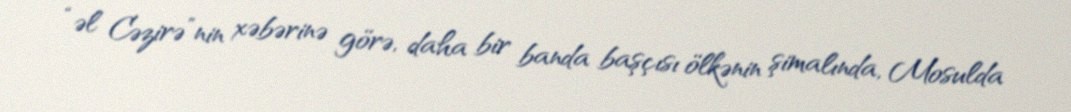
“əl Cəzirə”nin xəbərinə görə, daha bir banda başçısı ölkənin şimalında, Mosulda